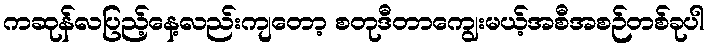
ကဆုန်လပြည့်နေ့လည်းကျတော့ စတုဒီတာကျွေးမယ့်အစီအစဉ်တစ်ခုပါ